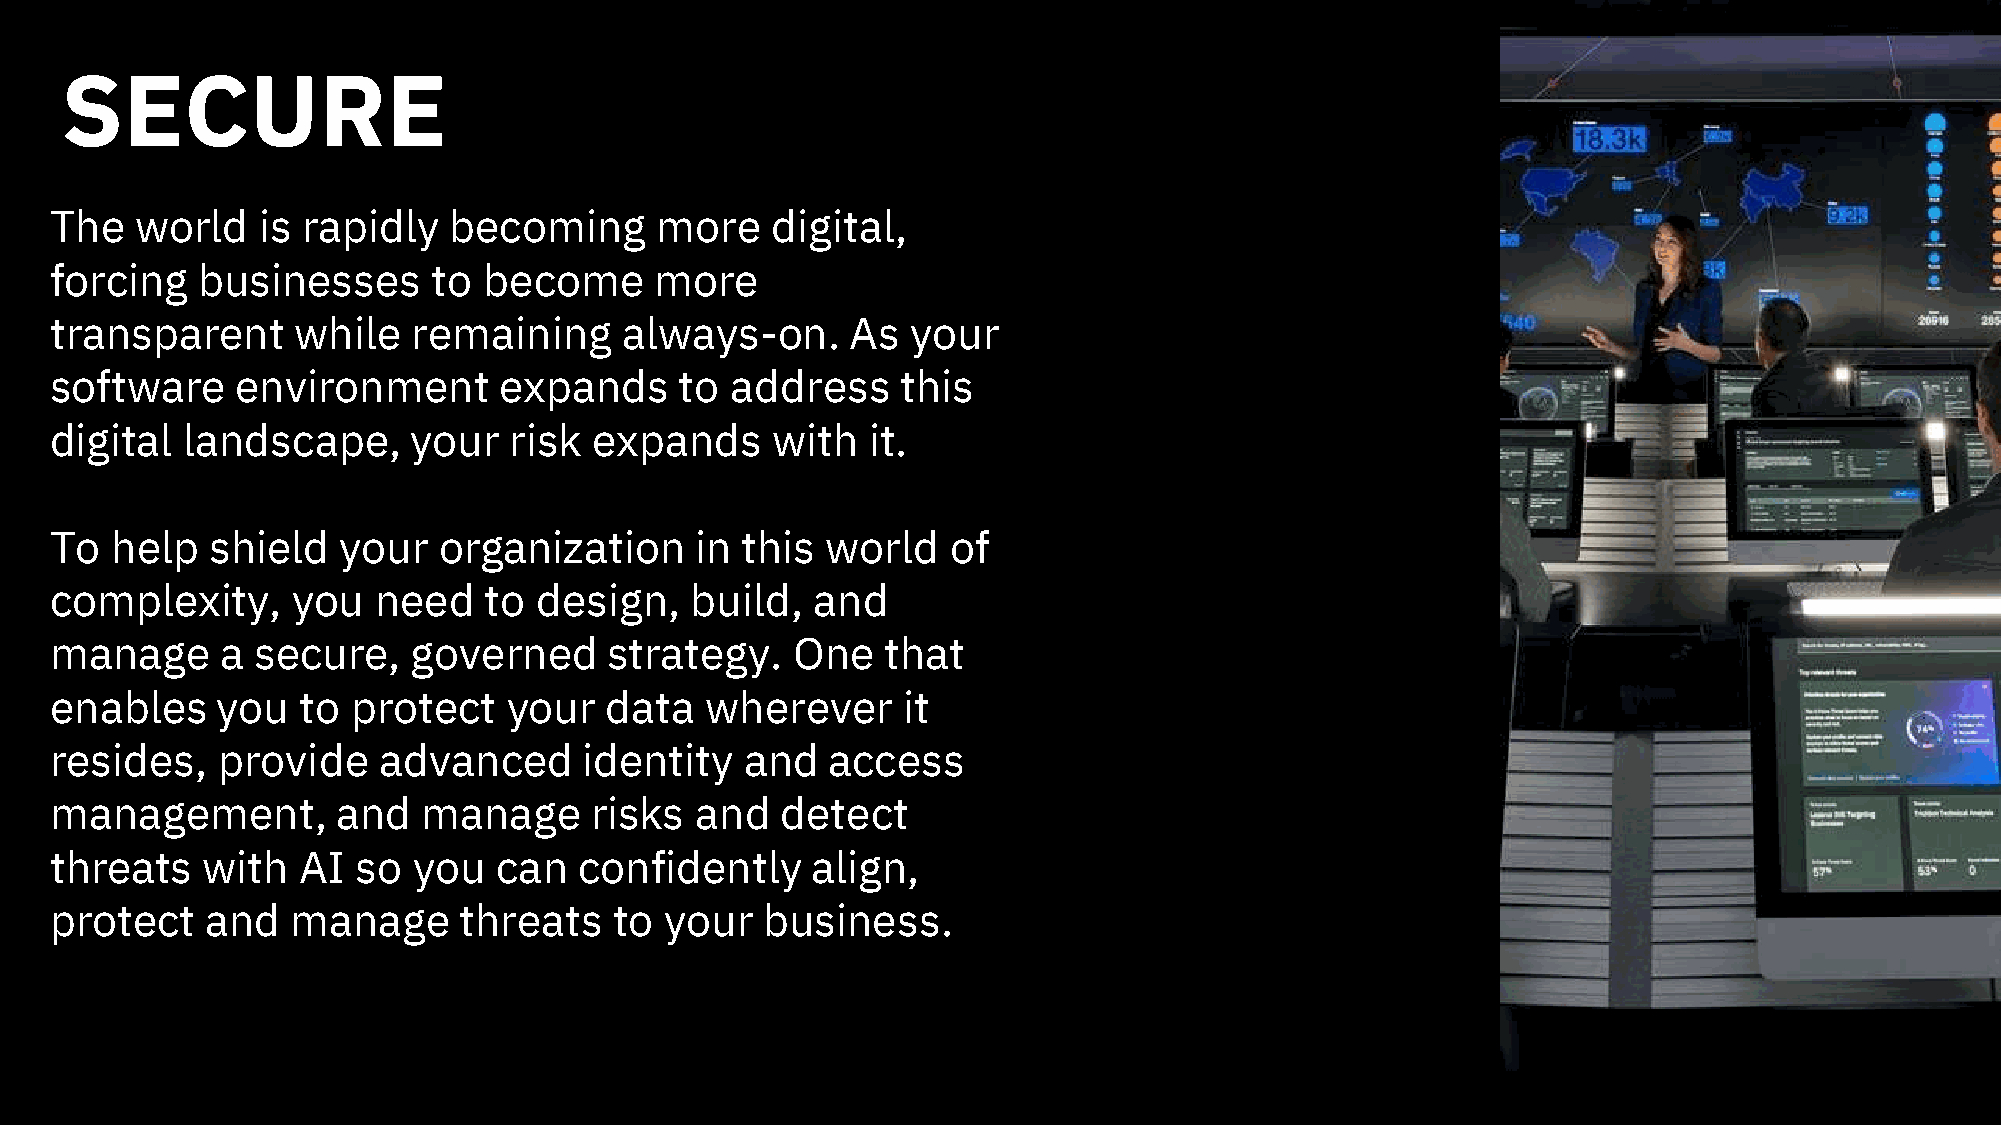
SECURE
 The   world   is rapidly   becoming     more    digital,
 forcing   businesses      to become     more
 transparent     while   remaining     always-on.     As  your
 software     environment      expands     to address     this
 digital  landscape,     your   risk expands     with  it.
 To  help   shield  your   organization     in this  world   of
 complexity,     you   need   to  design,   build,  and
 manage      a secure,   governed     strategy.    One   that
 enables    you   to protect    your  data   wherever     it
 resides,   provide    advanced      identity  and   access
 management,        and   manage     risks  and   detect
 threats   with   AI  so you   can  confidently     align,
 protect    and  manage     threats    to your   business.